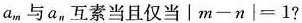
a_{m}与a_{n}互素当且仅当$$|m-n|=1$$?